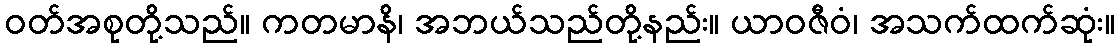
ဝတ်အစုတို့သည်။ ကတမာနိ၊ အဘယ်သည်တို့နည်း။ ယာဝဇီဝံ၊ အသက်ထက်ဆုံး။